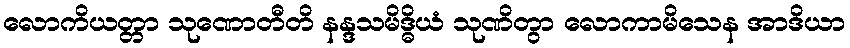
လောကိယတ္တာ သုဏောတီတိ နန္ဒသမိဒ္ဓိယံ သုဏိတွာ လောကာမိသေန အာဒိယာ